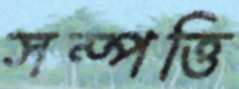
সম্পত্তি